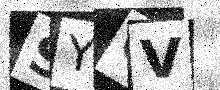
Text: SYQV